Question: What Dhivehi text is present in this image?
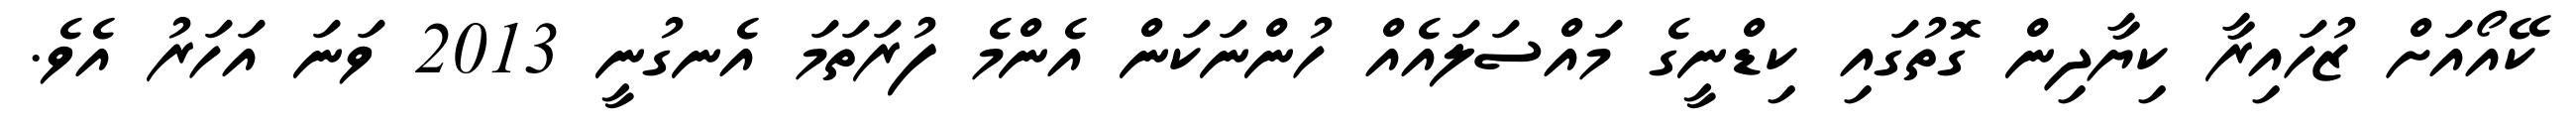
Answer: ކޭއޯއަށް ޒުހައިރާ ކިޔާދިން ގޮތުގައި ކިޑްނީގެ މައްސަލައެއް ހުންނަކަން އެންމެ ފުރަތަމަ އެނގުނީ 2013 ވަނަ އަހަރު އެވެ.